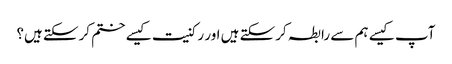
آپ کیسے ہم سے رابطہ کرسکتے ہیں اور رکنیت کیسے ختم کرسکتے ہیں؟